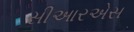
સીઆરએસ